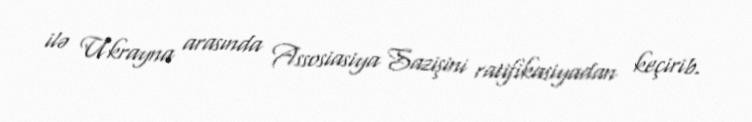
ilə Ukrayna arasında Assosiasiya Sazişini ratifikasiyadan keçirib.